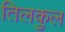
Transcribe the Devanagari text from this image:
तिलकुल